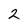
Character: 2